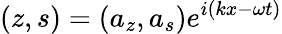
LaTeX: (z,s)=(a_{z},a_{s})e^{i(kx-\omega t)}